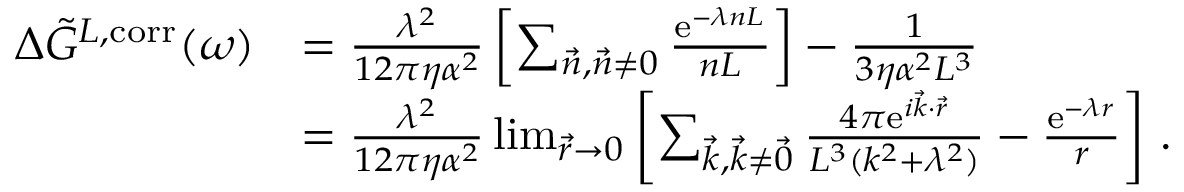
\begin{array} { r l } { \Delta \Tilde { G } ^ { L , \mathrm { c o r r } } ( \omega ) } & { = \frac { \lambda ^ { 2 } } { 1 2 \pi \eta \alpha ^ { 2 } } \left[ \sum _ { \vec { n } , \vec { n } \neq 0 } \frac { \mathrm { e } ^ { - \lambda n L } } { n L } \right] - \frac { 1 } { 3 \eta \alpha ^ { 2 } L ^ { 3 } } } \\ & { = \frac { \lambda ^ { 2 } } { 1 2 \pi \eta \alpha ^ { 2 } } \operatorname* { l i m } _ { \vec { r } \to 0 } \left[ \sum _ { \vec { k } , \vec { k } \neq \vec { 0 } } \frac { 4 \pi \mathrm { e } ^ { i \vec { k } \cdot \vec { r } } } { L ^ { 3 } ( k ^ { 2 } + \lambda ^ { 2 } ) } - \frac { \mathrm { e } ^ { - \lambda r } } { r } \right] \, . } \end{array}